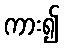
ကား၍